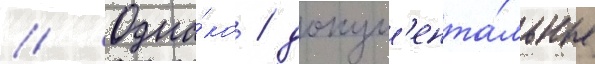
// Одна́ко / докум'ента́льные